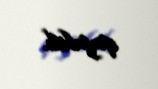
qoyulub.